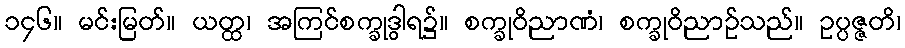
၁၄၆။ မင်းမြတ်။ ယတ္ထ၊ အကြင်စက္ခုဒွါရ၌။ စက္ခုဝိညာဏံ၊ စက္ခုဝိညာဉ်သည်။ ဥပ္ပဇ္ဇတိ၊